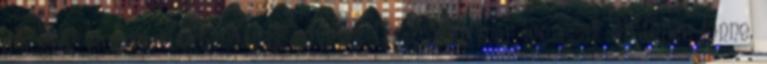
dologba, viszont rockbandának nevezni Doug-ékat már igencsak erőteljes lenne.